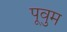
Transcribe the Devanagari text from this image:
पूवुम